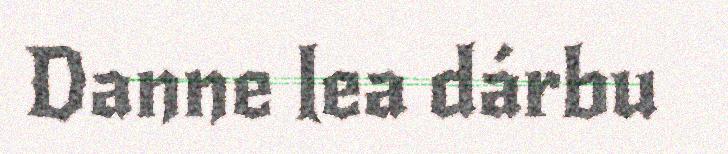
Danne lea dárbu